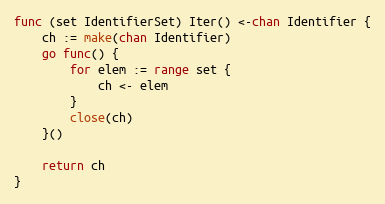
Language: Go
func (set IdentifierSet) Iter() <-chan Identifier {
	ch := make(chan Identifier)
	go func() {
		for elem := range set {
			ch <- elem
		}
		close(ch)
	}()

	return ch
}